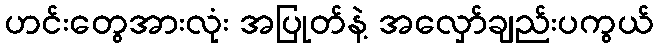
ဟင်းတွေအားလုံး အပြုတ်နဲ့ အလှော်ချည်းပကွယ်